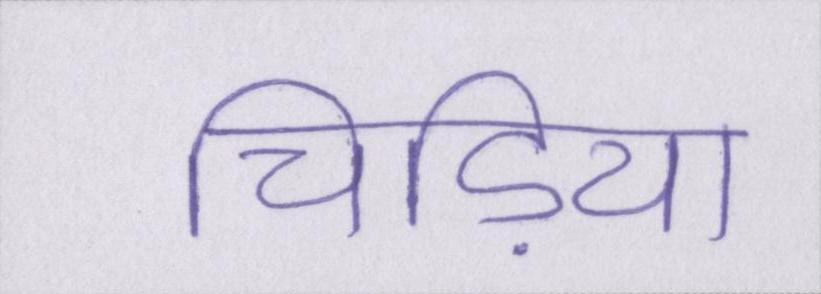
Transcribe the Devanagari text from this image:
चिड़िया